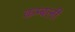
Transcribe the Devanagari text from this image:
कम्बली